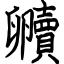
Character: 贕